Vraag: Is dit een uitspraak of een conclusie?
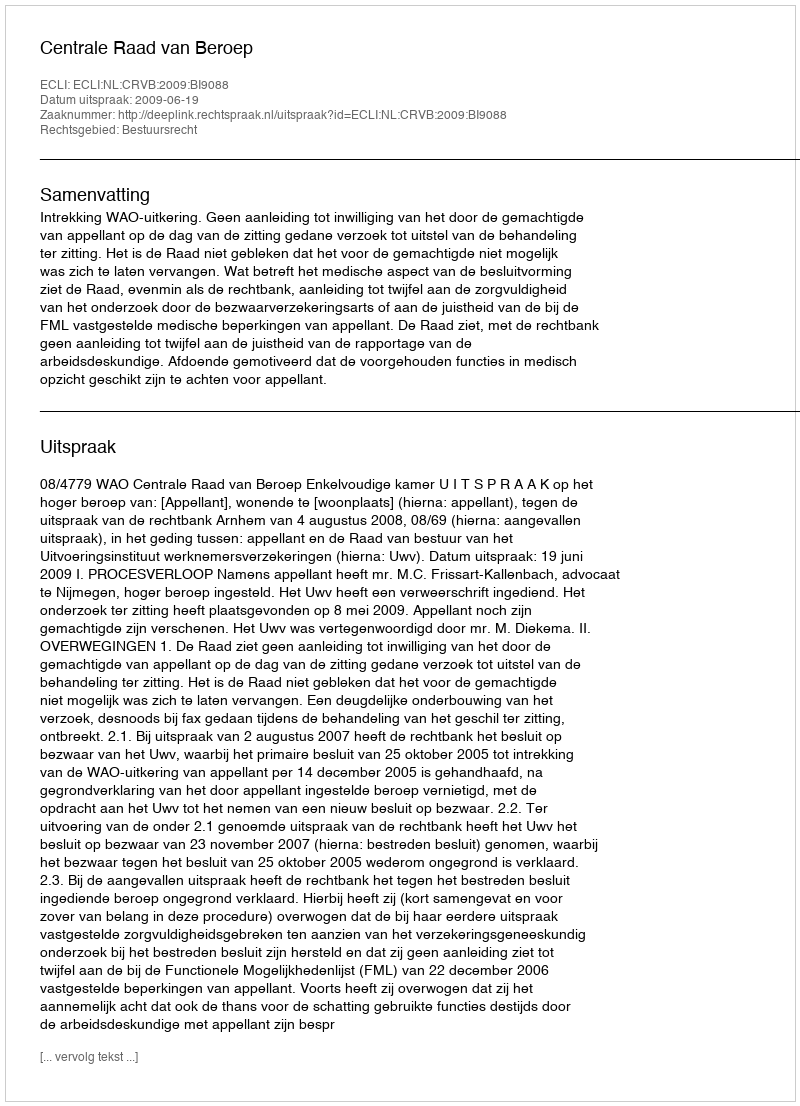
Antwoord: Uitspraak